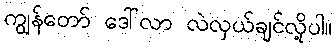
ကျွန်တော် ဒေါ်လာ လဲလှယ်ချင်လို့ပါ။